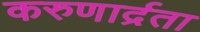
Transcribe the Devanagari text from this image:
करुणार्द्रता